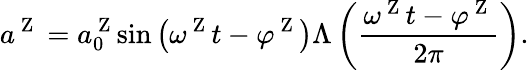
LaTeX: a^{\mathrm{~Z~}}=a_{0}^{\mathrm{~Z~}}{\sin\left({\omega^{\mathrm{~Z~}}t-\varphi^{\mathrm{~Z~}}}\right)}\Lambda\left(\frac{\omega^{\mathrm{~Z~}}t-\varphi^{\mathrm{~Z~}}}{2\pi}\right).